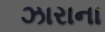
ઝારાના